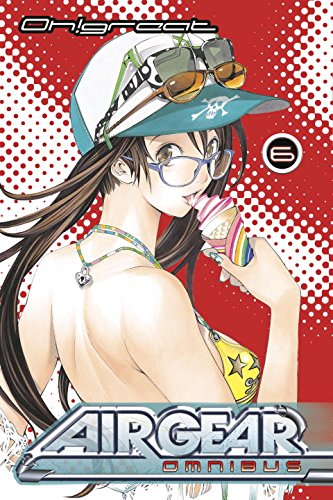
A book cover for Air Gear Omnibus 6; Oh!Great; Comics & Graphic Novels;